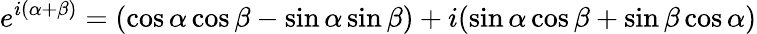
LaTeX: e^{i(\alpha+\beta)}=(\cos\alpha\cos\beta-\sin\alpha\sin\beta)+i(\sin\alpha\cos\beta+\sin\beta\cos\alpha)